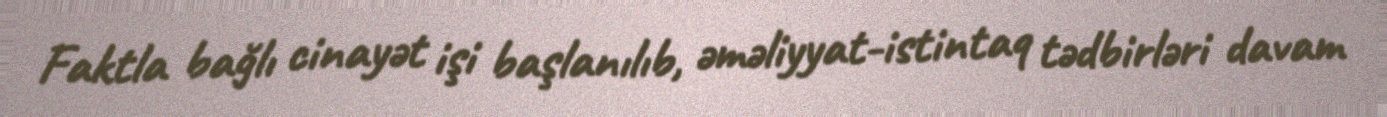
Faktla bağlı cinayət işi başlanılıb, əməliyyat-istintaq tədbirləri davam